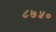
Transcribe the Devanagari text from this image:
८७५०